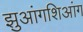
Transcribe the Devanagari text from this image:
झुआंगशिआंग